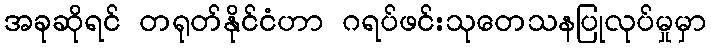
အခုဆိုရင် တရုတ်နိုင်ငံဟာ ဂရပ်ဖင်းသုတေသနပြုလုပ်မှုမှာ